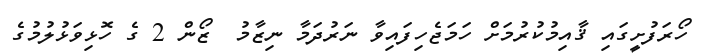
ހޯރަފުށީގައި ޤާއިމުކުރުމަށް ހަމަޖެހިފައިވާ ނަރުދަމާ ނިޒާމު  ޒޯން 2 ގެ ހޮޅިވަޅުލުމުގެ